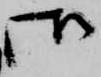
御